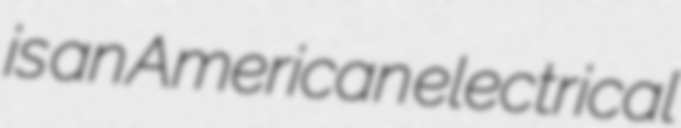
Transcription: is an American electrical